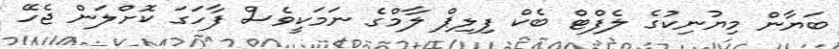
ބަޔާން މިޔުނިކުގެ ލެފްޓް ބެކް ފިލިޕް ލާމްގެ ނަމަކީވެސް ފާހަގަ ކޮށްލަން ޖެހޭ